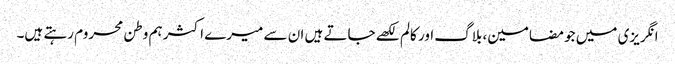
انگریزی میں جو مضامین، بلاگ اور کالم لکھے جاتے ہیں ان سے میرے اکثر ہم وطن محروم رہتے ہیں۔